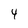
Character: 4